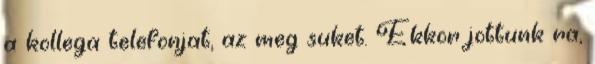
a kollega telefonjat, az meg suket. Ekkor jottunk ra,